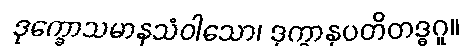
ဒုက္ခောသမာနသံဝါသော၊ ဒုက္ခာနုပတိတဒ္ဓဂူ။